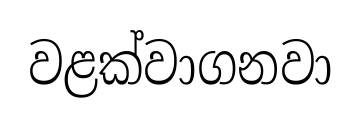
වළක්වාගනවා